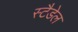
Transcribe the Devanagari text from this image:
स्टैडेल